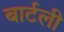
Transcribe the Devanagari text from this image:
बार्टली